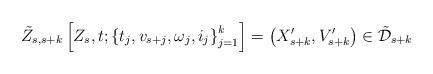
LaTeX: \begin{align*}\tilde{Z}_{s,s+k}\left[ Z_s,t;\left\{ t_j,v_{s+j},\omega_j,i_j \right\}_{j=1}^k\right] = \left( X_{s+k}^\prime,V_{s+k}^\prime\right) \in\tilde{\mathcal{D}}_{s+k}\end{align*}